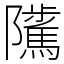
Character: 𨽥